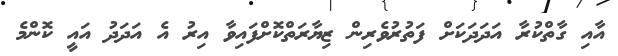
އާއި ގާތްކުރާ އަދަދަކަށް ފަތުރުވެރިން ޒިޔާރަތްކޮށްފައިވާ އިރު އެ އަދަދު އައީ ކޮންމެ